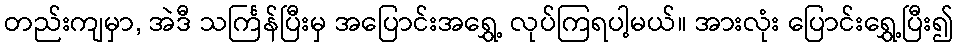
တည်းကျမှာ, အဲဒီ သင်္ကြန်ပြီးမှ အပြောင်းအရွှေ့ လုပ်ကြရပါ့မယ်။ အားလုံး ပြောင်းရွှေ့ပြီး၍